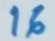
16